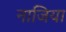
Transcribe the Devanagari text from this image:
नाजिया